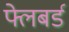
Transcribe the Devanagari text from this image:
फ्लेबर्ड